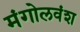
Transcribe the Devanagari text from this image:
मंगोलवंश